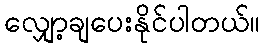
လျှော့ချပေးနိုင်ပါတယ်။